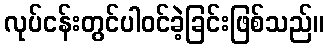
လုပ်ငန်းတွင်ပါဝင်ခဲ့ခြင်းဖြစ်သည်။